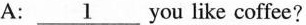
A:\underline{1}you like coffee?